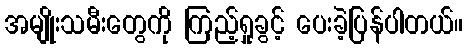
အမျိုးသမီးတွေကို ကြည့်ရှုခွင့် ပေးခဲ့ပြန်ပါတယ်။